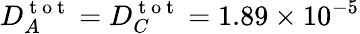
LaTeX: D_{A}^{\mathrm{~t~o~t~}}=D_{C}^{\mathrm{~t~o~t~}}=1.89\times 10^{-5}